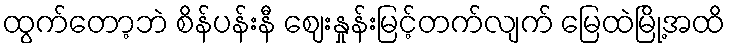
ထွက်တော့ဘဲ စိန်ပန်းနီ ဈေးနှုန်းမြင့်တက်လျက် မြေထဲမြို့အထိ